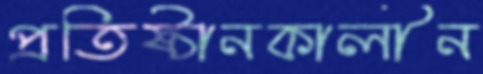
প্রতিষ্ঠানকালীন